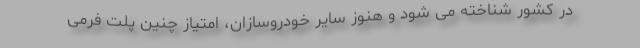
در کشور شناخته می شود و هنوز سایر خودروسازان، امتیاز چنین پلت فرمی